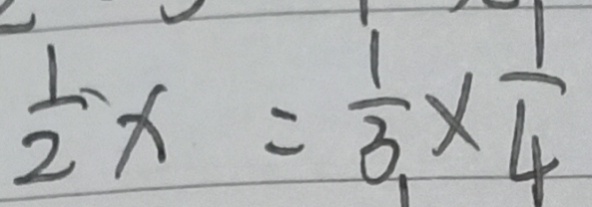
\frac { 1 } { 2 } x = \frac { 1 } { 3 } \times \frac { 1 } { 4 }